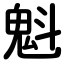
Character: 魁